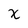
Character: X